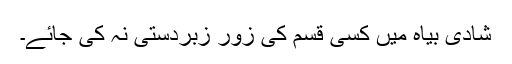
شادی بیاہ میں کسی قسم کی زور زبردستی نہ کی جائے۔